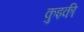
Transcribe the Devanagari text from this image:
कुइकी